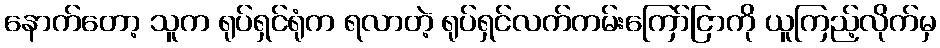
နောက်တော့ သူက ရုပ်ရှင်ရုံက ရလာတဲ့ ရုပ်ရှင်လက်ကမ်းကြော်ငြာကို ယူကြည့်လိုက်မှ